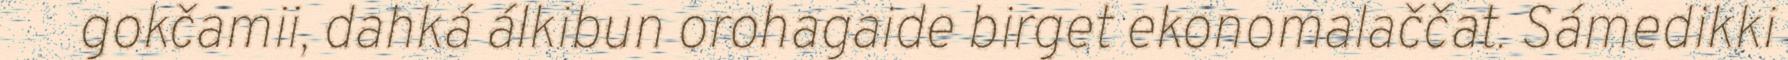
gokčamii, dahká álkibun orohagaide birget ekonomalaččat. Sámedikki